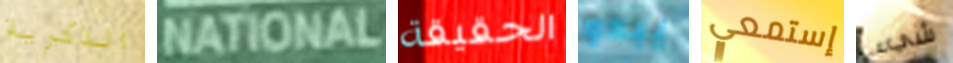
الذكرية NATIONAL الحقيقة يبدو إستمعي شيء